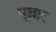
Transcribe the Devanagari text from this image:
पूञ्ञार